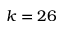
k = 2 6